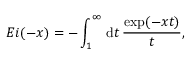
E i ( - x ) = - \int _ { 1 } ^ { \infty } \, \mathrm { d } t \, \frac { \exp ( - x t ) } { t } ,